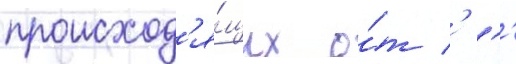
происход'я́щих о́т ' ''